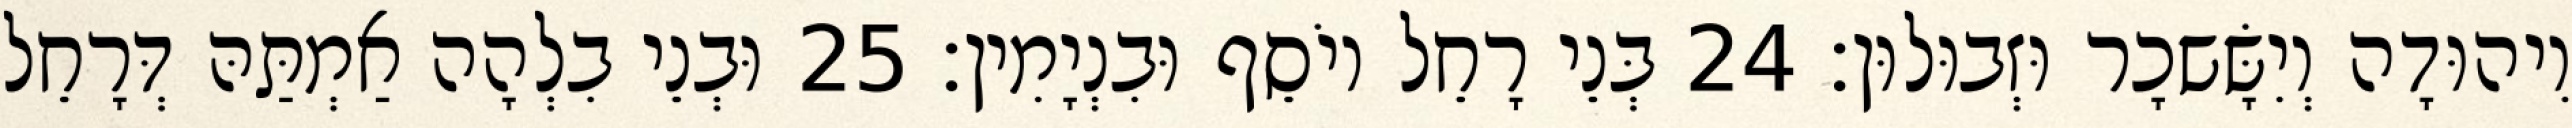
וִיהוּדָה וְיִשָּׂשכָר וּזְבוּלוּן׃ 24 בְּנֵי רָחֵל יוֹסֵף וּבִנְיָמִין׃ 25 וּבְנֵי בִלְהָה אַמְתַּהּ דְּרָחֵל